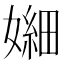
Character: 𫱫